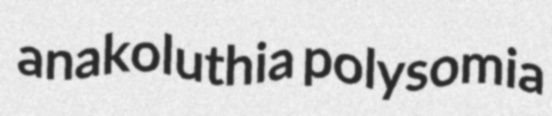
anakoluthia polysomia